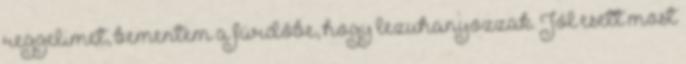
reggelimet, bementem a fürdőbe, hogy lezuhanyozzak. Jól esett most